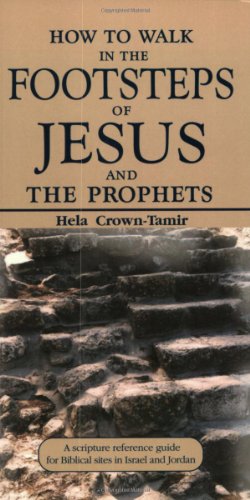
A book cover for How to Walk in the Footsteps of Jesus and the Prophets: A Scripture Reference Guide for Biblical Sites in Israel and Jordan; Hela Crown-Tamir; Travel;